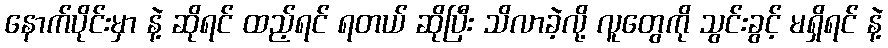
နောက်ပိုင်းမှာ နဲ့ ဆိုရင် ထည့်ရင် ရတယ် ဆိုပြီး သိလာခဲ့လို့ လူတွေကို သွင်းခွင့် မရှိရင် နဲ့